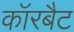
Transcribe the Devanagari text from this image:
कॉरबैट